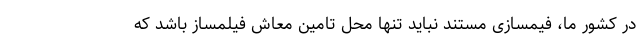
در کشور ما، فیمسازی مستند نباید تنها محل تامین معاش فیلمساز باشد که